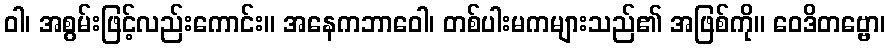
ဝါ၊ အစွမ်းဖြင့်လည်းကောင်း။ အနေကဘာဝေါ၊ တစ်ပါးမကများသည်၏ အဖြစ်ကို။ ဝေဒိတဗ္ဗော၊